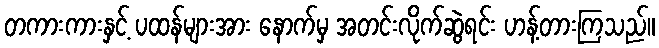
တကားကားနှင့် ပထန်များအား နောက်မှ အတင်းလိုက်ဆွဲရင်း ဟန့်တားကြသည်။